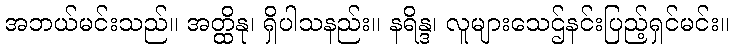
အဘယ်မင်းသည်။ အတ္ထိနု၊ ရှိပါသနည်း။ နရိန္ဒ၊ လူများသေဌ်နင်းပြည့်ရှင်မင်း။